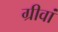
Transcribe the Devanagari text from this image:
ग्रीवां